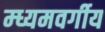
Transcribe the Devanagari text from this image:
म्ध्यमवर्गीय